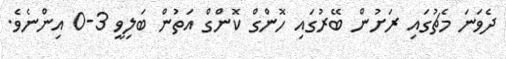
ދެވަނަ މެޗުގައި ރަށުން ބޭރުގައި ހޮންގް ކޮންގް އަތުން ބަލިވީ 3-0 އިންނެވެ.